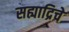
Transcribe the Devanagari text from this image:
सह्याद्रिचे